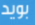
بويد